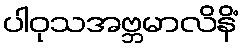
ပါဝုသအဗ္ဘမာလိနိံ